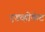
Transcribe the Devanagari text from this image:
एडव्होकेट